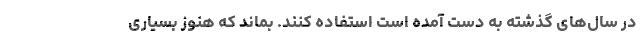
در سال‌های گذشته به دست آمده است استفاده کنند. بماند که هنوز بسیاری